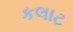
કલાટ